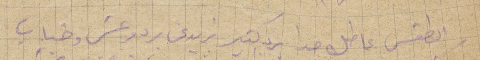
الطقس عاطل جدًا برد كتير تزيد عن برد وعشر وضباب